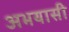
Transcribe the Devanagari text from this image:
अभयासी